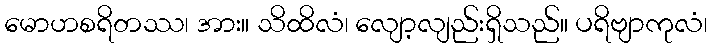
မောဟစရိတဿ၊ အား။ သိထိလံ၊ လျော့လျည်းရှိသည်။ ပရိဗျာကုလံ၊